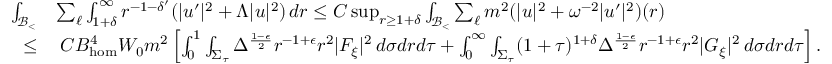
\begin{array} { r l } { \int _ { \mathcal { B } _ { < } } } & { \sum _ { \ell } \int _ { 1 + \delta } ^ { \infty } r ^ { - 1 - \delta ^ { \prime } } ( | u ^ { \prime } | ^ { 2 } + \Lambda | u | ^ { 2 } ) \, d r \leq C \operatorname* { s u p } _ { r \geq 1 + \delta } \int _ { \mathcal { B } _ { < } } \sum _ { \ell } m ^ { 2 } ( | u | ^ { 2 } + \omega ^ { - 2 } | u ^ { \prime } | ^ { 2 } ) ( r ) } \\ { \leq } & { \: C B _ { \mathrm { h o m } } ^ { 4 } W _ { 0 } m ^ { 2 } \left[ \int _ { 0 } ^ { 1 } \int _ { \Sigma _ { \tau } } \Delta ^ { \frac { 1 - \epsilon } { 2 } } r ^ { - 1 + \epsilon } r ^ { 2 } | F _ { \xi } | ^ { 2 } \, d \sigma d r d \tau + \int _ { 0 } ^ { \infty } \int _ { \Sigma _ { \tau } } ( 1 + \tau ) ^ { 1 + \delta } \Delta ^ { \frac { 1 - \epsilon } { 2 } } r ^ { - 1 + \epsilon } r ^ { 2 } | G _ { \xi } | ^ { 2 } \, d \sigma d r d \tau \right] . } \end{array}